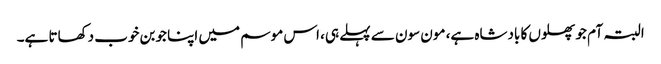
البتہ آم جو پھلوں کا بادشاہ ہے، مون سون سے پہلے ہی، اس موسم میں اپنا جوبن خوب دکھاتا ہے۔